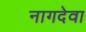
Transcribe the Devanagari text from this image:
नागदेवा